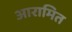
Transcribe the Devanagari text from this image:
आरामित